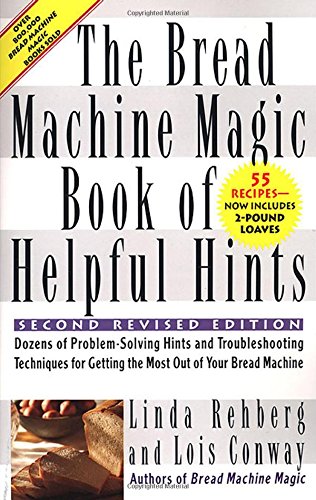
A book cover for The Bread Machine Magic Book of Helpful Hints: Dozens of Problem-Solving Hints and Troubleshooting Techniques for Getting the Most out of Your Bread Machine; Linda Rehberg; Cookbooks, Food & Wine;